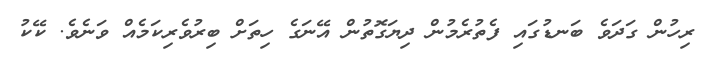
ރިހުން ގަދަވެ ބަނޑުގައި ފެތުރެމުން ދިޔަގޮތުން އޭނަގެ ހިތަށް ބިރުވެރިކަމެއް ވަނެވެ. ކޭކު